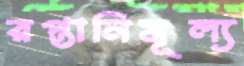
রপ্তানিমূল্য